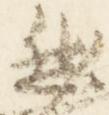
然